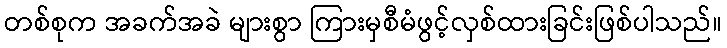
တစ်စုက အခက်အခဲ များစွာ ကြားမှစီမံဖွင့်လှစ်ထားခြင်းဖြစ်ပါသည်။